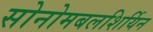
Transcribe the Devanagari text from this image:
सोनोमबलशिर्यिन